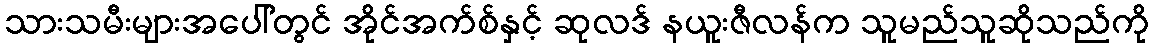
သားသမီးများအပေါ်တွင် အိုင်အက်စ်နှင့် ဆုလဒ် နယူးဇီလန်က သူမည်သူဆိုသည်ကို